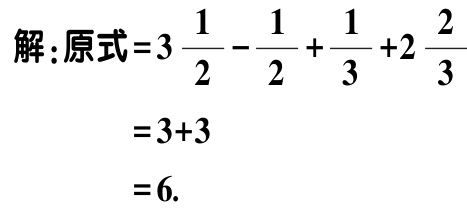
解：原式\(=3\frac{1}{2}-\frac{1}{2}+\frac{1}{3}+2\frac{2}{3}\)
\(=3 + 3\)
\(= 6\).